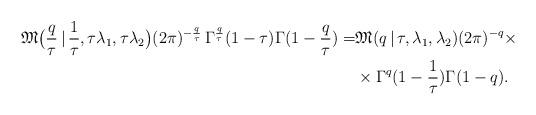
LaTeX: \begin{align*}\mathfrak{M}\bigl(\frac{q}{\tau}\,|\,\frac{1}{\tau},\tau\lambda_1,\tau\lambda_2\bigr) (2\pi)^{-\frac{q}{\tau}}\,\Gamma^{\frac{q}{\tau}}(1-\tau) \Gamma(1-\frac{q}{\tau}) = &\mathfrak{M}(q\,|\,\tau,\lambda_1,\lambda_2) (2\pi)^{-q}\times \\ & \times\Gamma^{q}(1-\frac{1}{\tau}) \Gamma(1-q). \end{align*}